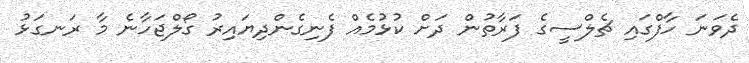
ދެވަނަ ހާފްގައި ޗެލްސީގެ ފަރާތުން ދަށް ކުޅުމެއް ފެނިގެންދިޔައިރު ގޯލްޖަހާނެ މާ ރަނގަޅު